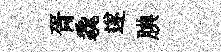
胥毳遂腆